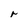
Character: r